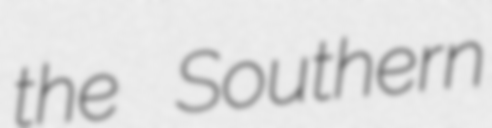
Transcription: the Southern